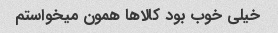
خیلی خوب بود کالاها همون میخواستم